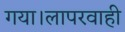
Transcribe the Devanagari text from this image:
गया।लापरवाही